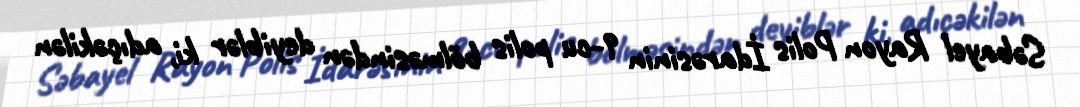
Səbayel Rayon Polis İdarəsinin 9-cu polis bölməsindən deyiblər ki, adıçəkilən